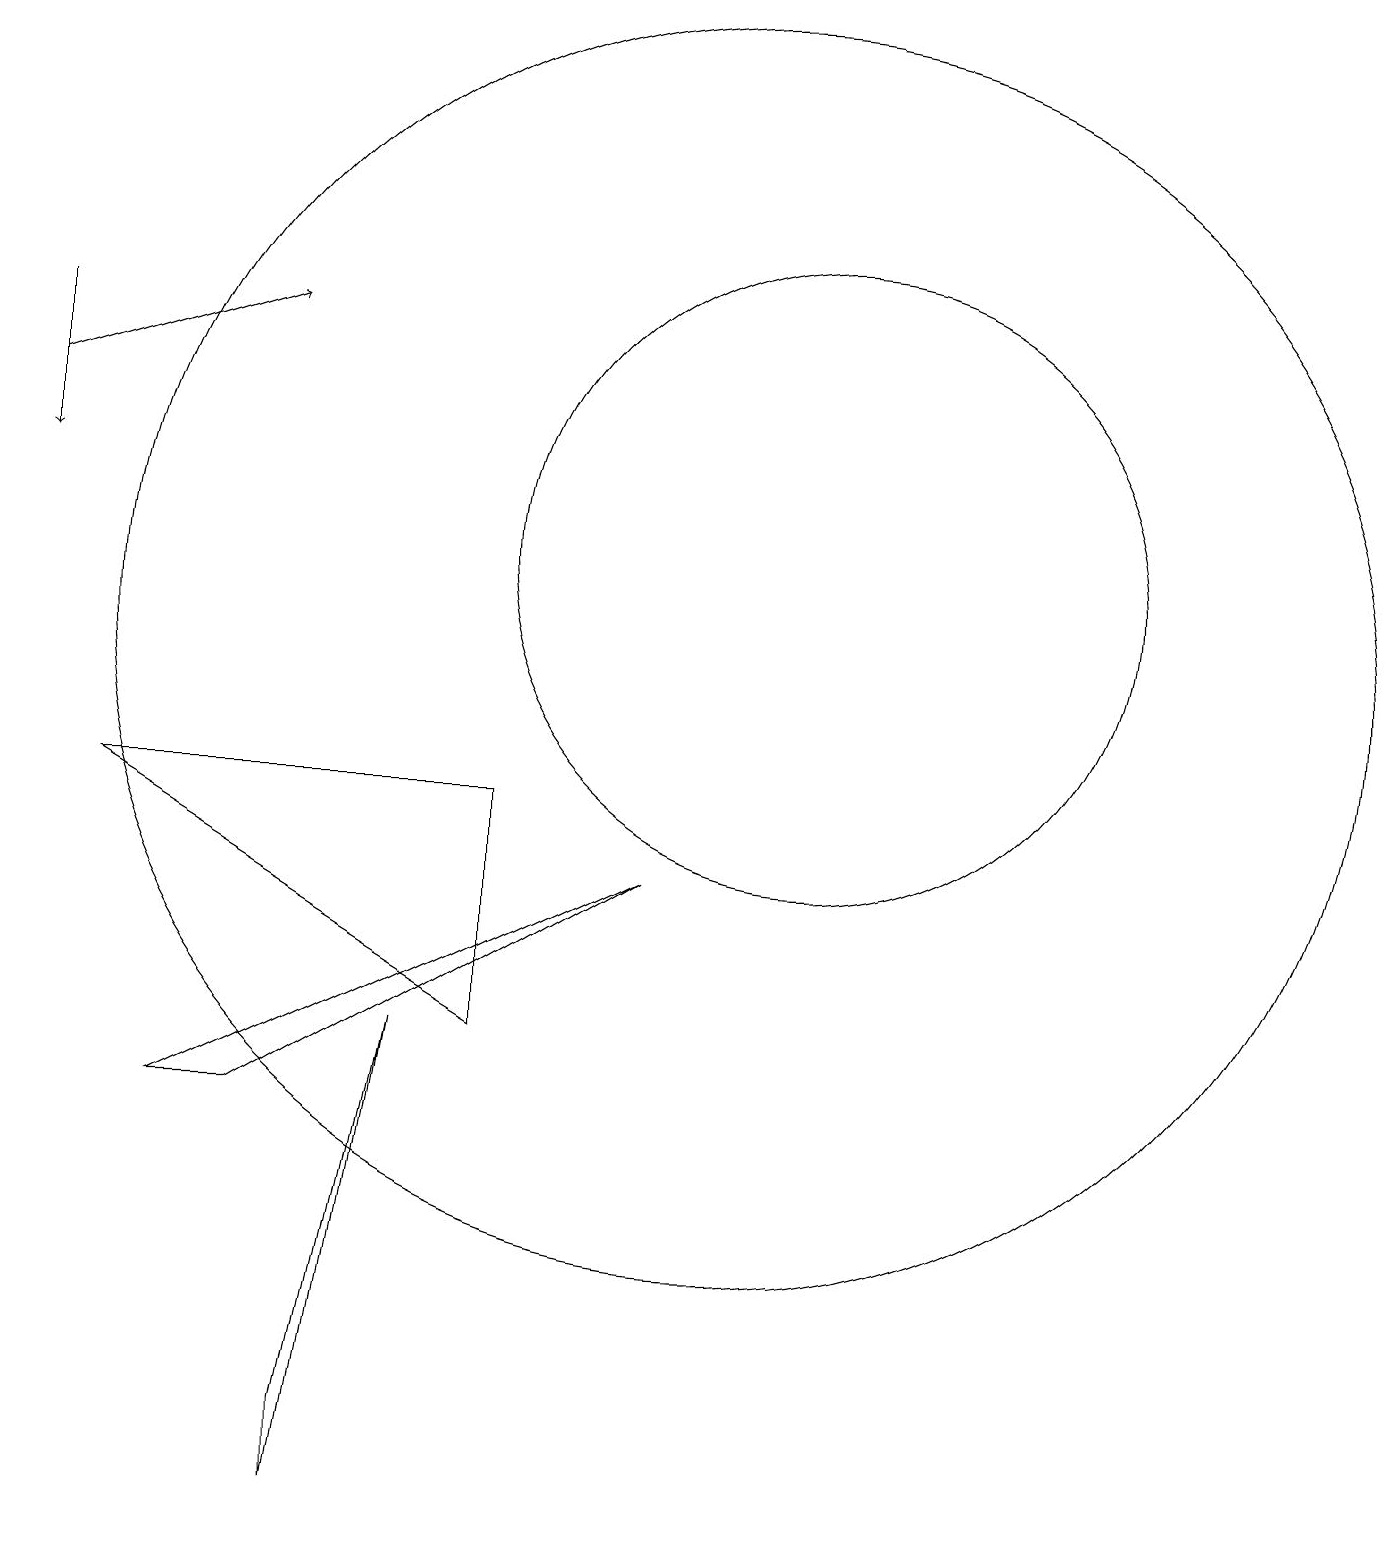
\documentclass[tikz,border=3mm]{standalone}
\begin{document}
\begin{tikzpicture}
\draw (10,11) circle (8);
\draw[->] (1,15) -- (1,13);
\draw[->] (1,14) -- (4,15);
\draw (9,8) -- (3,5) -- (4,5) -- cycle;
\draw (5,1) -- (5,0) -- (6,6) -- cycle;
\draw (7,9) -- (2,9) -- (7,6) -- cycle;
\draw (11,10) circle (0);
\draw (11,12) circle (4);
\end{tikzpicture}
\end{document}